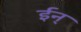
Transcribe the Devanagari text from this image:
ईन्